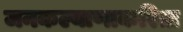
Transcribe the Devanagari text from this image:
जनकल्याणाकरिता